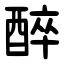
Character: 醉